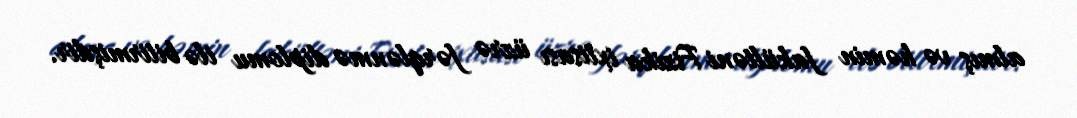
almış və həmin fakültəni Fizika ixtisası üzrə fərqlənmə diplomu ilə bitirmişdir.